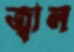
জ্বাল